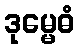
ဒုမ္မေဓံ